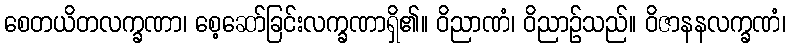
စေတယိတလက္ခဏာ၊ စေ့ဆော်ခြင်းလက္ခဏာရှိ၏။ ဝိညာဏံ၊ ဝိညာဉ်သည်။ ဝိဇာနနလက္ခဏံ၊